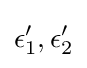
\epsilon '_{1},\epsilon '_{2}